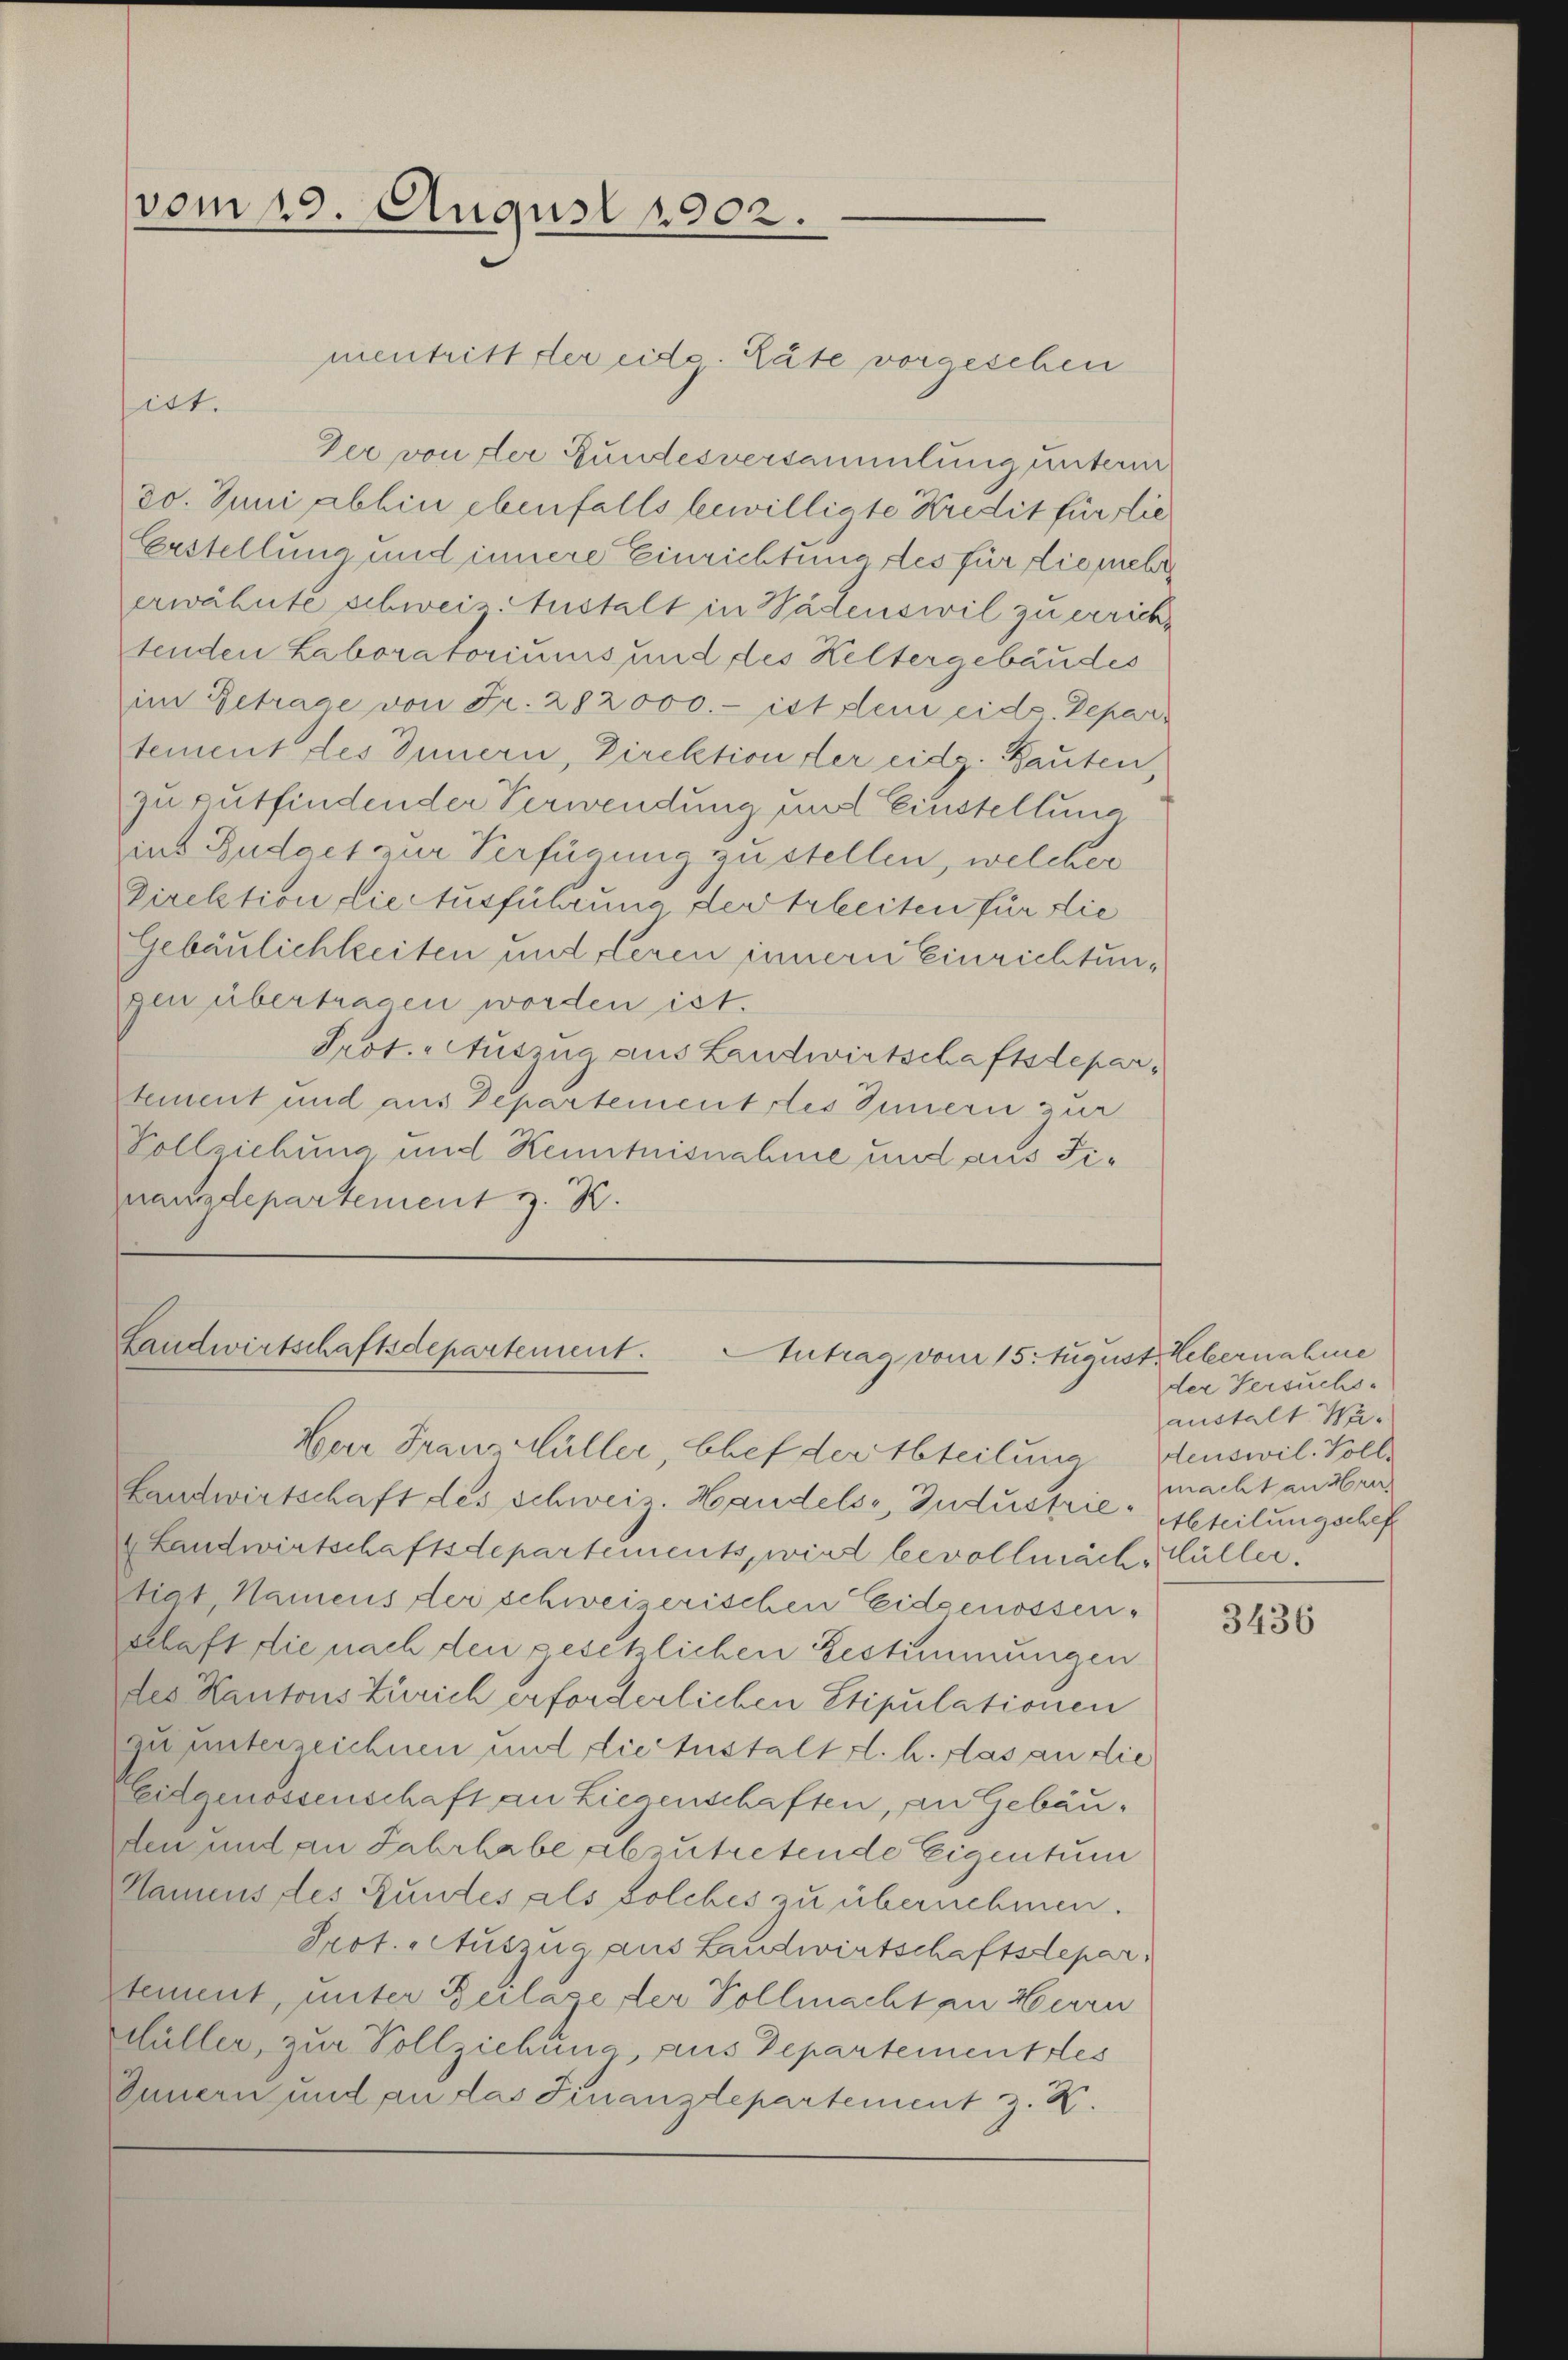
vom 15. August 1902.

mentritt der eidg. Räte vorgesehen
sirt.
Der von der Bundesversammlung unterm
30. Juni abhin ebenfalls bewilligte Kredit für die
Erstellung und innere Einrichtung des für die mehr
erwähnte schweis Austalt in Wädenswil zu erricht
tenden Laboratoriums und des Keltergebäudes
im Betrage von Fr. 282000.- ist dem eid. Departement des Innern, Direktion der eid. Bauten
zu gutfindender Verwendung und Einstellung
ins Budget zur Verfügung zu stellen, welcher
Direktion die Ausführung der Arbeiten für die
Gebäulichkeiten und deren innern Einrichtungen übertragen worden ist.
Prot. Auszug aus Landwirtschaftsdepartement und aus Departement des Innern zur
Vollziehung und Kenntnisnahme und aus Finanzdepartement z. B.

Landwirtschaftsdepartement.
Antrag vom 15. August Webernahme
Herr Frau Müller, Chef der Abteilung denswil Volls

Landwirtschaft des Schweiz. Handels, Industrie-Abteilungschef
Landwirtschaftsdepartements, wird bevollmäch, Hüller.
tigt, Namens der schweizerischen Eidgenossen-
schaft die nach den gesetzlichen Bestimmungen
des Kantons Zürich erforderlichen Stipulationen
zu unterzeichnen und die testalt d. h. das an die
Eidgenossenschaft an Liegenschaften, an Gebäuden und an Jahrhabe abzutretende Eigentum
Namens des Gundes als solches zu übernehmen.
Prot. Auszug aus Landwirtschaftsdepar
tement, unter Beilage der Vollmacht an Herrn
Hüller, zur Vollziehung aus Departement des
Innern und an das Finanzdepartement z. B.

der Versuchs-
austalt Wamacht anzuer

3436